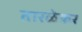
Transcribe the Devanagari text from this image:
तारळेकर